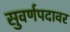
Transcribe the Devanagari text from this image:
सुवर्णपदावर